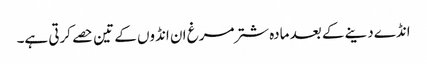
انڈے دینے کے بعد مادہ شترمرغ ان انڈوں کے تین حصے کرتی ہے۔